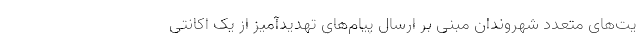
یت‌های متعدد شهروندان مبنی بر ارسال پیام‌های تهدیدآمیز از یک اکانتی